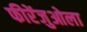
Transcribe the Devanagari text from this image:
फीरेंजुओला